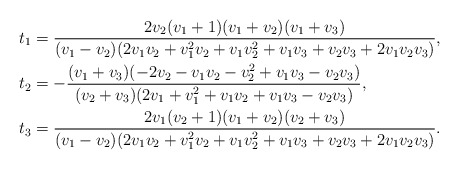
\begin{align*}t_1&=\frac{2v_2(v_1+1)(v_1+v_2)(v_1+v_3)}{(v_1-v_2)(2v_1v_2+v_1^2v_2+v_1v_2^2+v_1v_3+v_2v_3+2v_1v_2v_3)},\\t_2&=-\frac{(v_1+v_3)(-2v_2-v_1v_2-v_2^2+v_1v_3-v_2v_3)}{(v_2+v_3)(2v_1+v_1^2+v_1v_2+v_1v_3-v_2v_3)},\\t_3&=\frac{2v_1(v_2+1)(v_1+v_2)(v_2+v_3)}{(v_1-v_2)(2v_1v_2+v_1^2v_2+v_1v_2^2+v_1v_3+v_2v_3+2v_1v_2v_3)}.\end{align*}